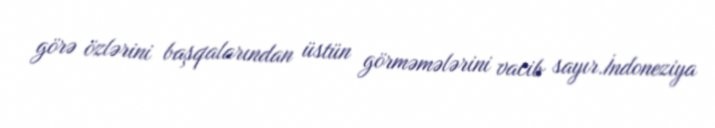
görə özlərini başqalarından üstün görməmələrini vacib sayır.İndoneziya